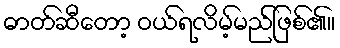
ဓာတ်ဆီတော့ ဝယ်ရလိမ့်မည်ဖြစ်၏။